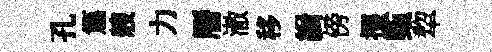
孔篇艘力曆澈移緝傍掇甄犂